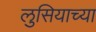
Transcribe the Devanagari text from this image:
लुसियाच्या